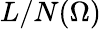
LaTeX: L/N(\Omega)